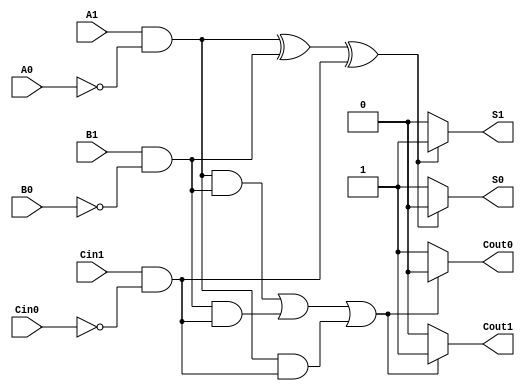
module dual_rail_full_adder (
    input wire A1, A0,  // Dual-rail representation of input A
    input wire B1, B0,  // Dual-rail representation of input B
    input wire Cin1, Cin0, // Dual-rail representation of carry input Cin
    output reg S1, S0,  // Dual-rail representation of sum output S
    output reg Cout1, Cout0 // Dual-rail representation of carry output Cout
);

// Internal signals for intermediate calculations
wire A, B, Cin;
wire sum, carry;

// Decode dual-rail inputs
assign A = A1 & ~A0; // A = 1 if A1=1 and A0=0
assign B = B1 & ~B0; // B = 1 if B1=1 and B0=0
assign Cin = Cin1 & ~Cin0; // Cin = 1 if Cin1=1 and Cin0=0

// Compute sum and carry
assign sum = A ^ B ^ Cin; // Sum is the XOR of A, B, and Cin
assign carry = (A & B) | (B & Cin) | (A & Cin); // Carry is the majority function

// Generate dual-rail outputs
always @(*) begin
    // Sum output
    if (sum) begin
        S1 = 1; S0 = 0; // S = 1
    end else begin
        S1 = 0; S0 = 1; // S = 0
    end

    // Carry output
    if (carry) begin
        Cout1 = 1; Cout0 = 0; // Cout = 1
    end else begin
        Cout1 = 0; Cout0 = 1; // Cout = 0
    end
end

endmodule